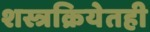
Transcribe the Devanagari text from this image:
शस्त्रक्रियेतही